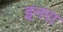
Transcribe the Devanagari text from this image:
इनरा